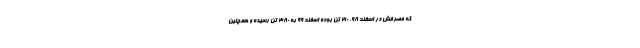
که مصرفش در اسفند ۹۸، ۲۱۰ تن بوده اسفند ۹۹ به ۳۸۰ تن رسیده و همچنین